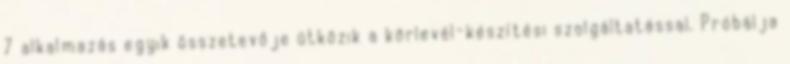
7 alkalmazás egyik összetevője ütközik a körlevél-készítési szolgáltatással. Próbálja